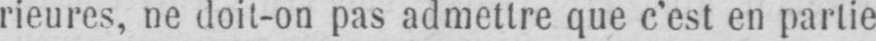
rieures, ne doit-on pas admettre que c’est en partie